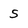
Character: 5